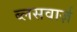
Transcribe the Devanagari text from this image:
ब्लसवार्ज़